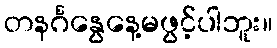
တနင်္ဂနွေနေ့မဖွင့်ပါဘူး။